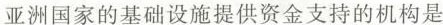
亚洲国家的基础设施提供资金支持的机构是